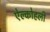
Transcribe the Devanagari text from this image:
ऐल्कोहली